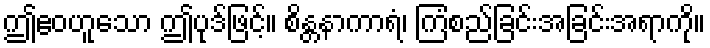
ဤဧဝဟူသော ဤပုဒ်ဖြင့်။ စိန္တနာကာရံ၊ ကြံစည်ခြင်းအခြင်းအရာကို။